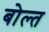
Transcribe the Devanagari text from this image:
बोल्त